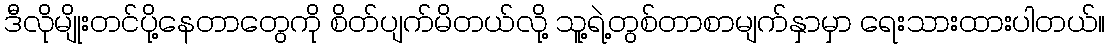
ဒီလိုမျိုးတင်ပို့နေတာတွေကို စိတ်ပျက်မိတယ်လို့ သူ့ရဲ့တွစ်တာစာမျက်နှာမှာ ရေးသားထားပါတယ်။